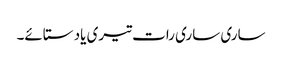
ساری ساری رات تیری یاد ستائے۔